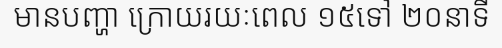
មានបញ្ហា ក្រោយរយៈពេល ១៥ទៅ ២០នាទី